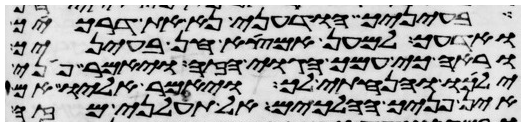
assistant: בעיניך הודעני נא את דרכיך
ואדעך למען אמצא חן בעיניך
וראה כי עמך הגוי הזה ויאמר פני
ילכו והנחתי לך ויאמר אליו אם
אין פניך הלכים אל תעלני מזה